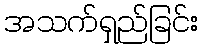
အသက်ရှည်ခြင်း